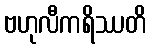
ဗဟုလီကရိဿတိ